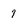
Character: 7